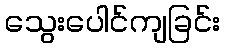
သွေးပေါင်ကျခြင်း